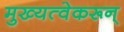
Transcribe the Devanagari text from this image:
मुख्यत्वेकरून्